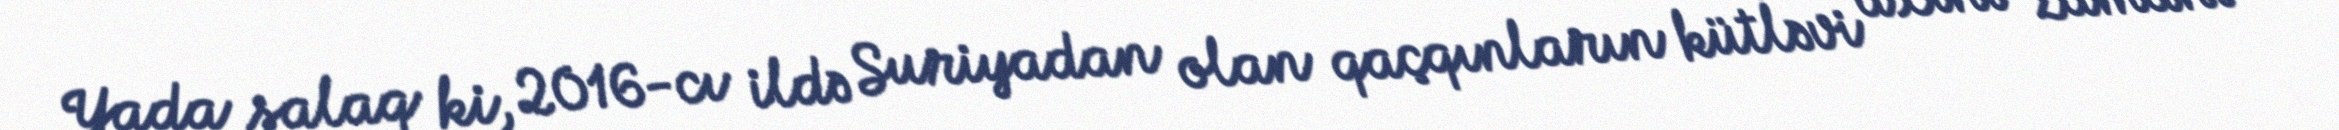
Yada salaq ki, 2016-cı ildə Suriyadan olan qaçqınların kütləvi axını zamanı